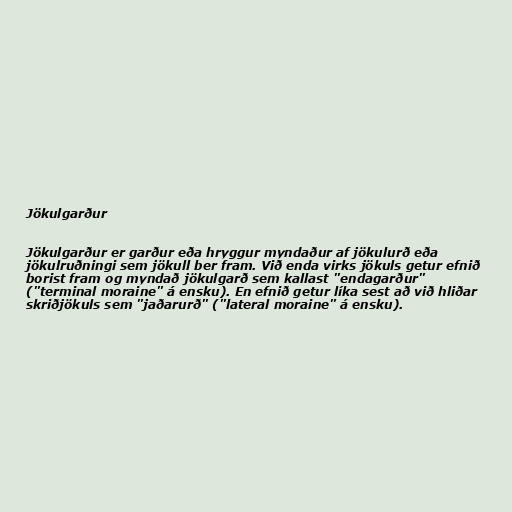
Jökulgarður

Jökulgarður er garður eða hryggur myndaður af jökulurð eða
jökulruðningi sem jökull ber fram. Við enda virks jökuls getur efnið
borist fram og myndað jökulgarð sem kallast "endagarður"
("terminal moraine" á ensku). En efnið getur líka sest að við hliðar
skriðjökuls sem "jaðarurð" ("lateral moraine" á ensku).